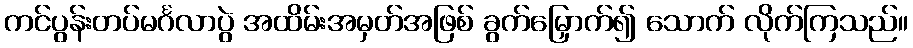
ကင်ပွန်းတပ်မင်္ဂလာပွဲ အထိမ်းအမှတ်အဖြစ် ခွက်မြှောက်၍ သောက် လိုက်ကြသည်။